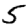
Digit: 5